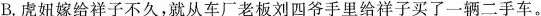
B.虏妞嫁给祥子不久，就从车厂老板刘四爷手里给祥子买了一辆二手车。